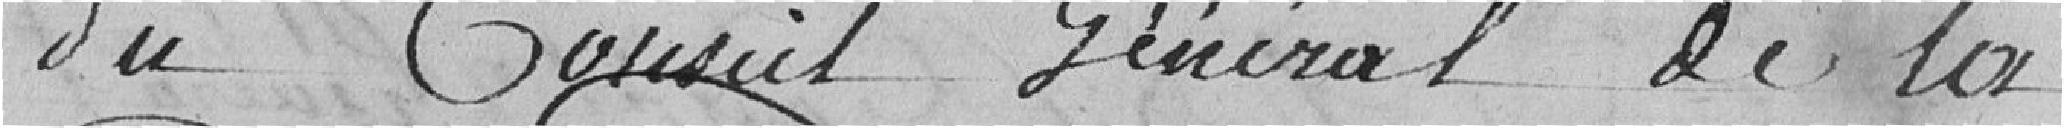
du Conseil Général de la